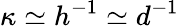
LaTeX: \kappa\simeq h^{-1}\simeq d^{-1}